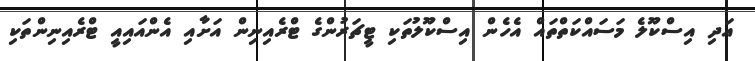
އަދި އިސްކޫލެ މަސައްކަތްތައް އެހެން އިސްކޫލުތަކި ޓީޗަރުންގެ ޓްރެއިނިން އަށާއި އެންއައިއީ ޓްރެއިނިންތަކި